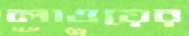
লাওয়ের